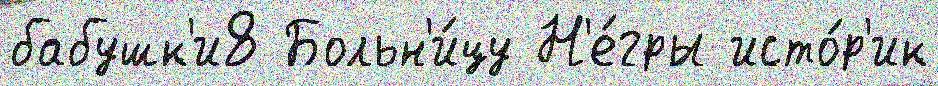
бабушк'и8 Больн'и́цу Н'е́гры исто́р'ик